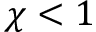
\chi < 1